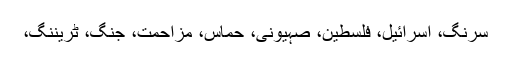
سرنگ، اسرائیل، فلسطین، صہیونی، حماس، مزاحمت، جنگ، ٹریننگ،